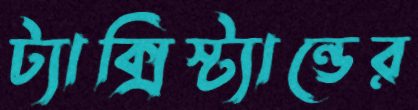
ট্যাক্সিস্ট্যান্ডের